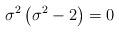
LaTeX: \begin{align*}\sigma ^2\left( \sigma ^2-2\right) =0 \end{align*}